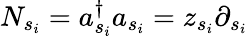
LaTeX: N_{s_{i}}=a_{s_{i}}^{\dagger}a_{s_{i}}=z_{s_{i}}\partial_{s_{i}}